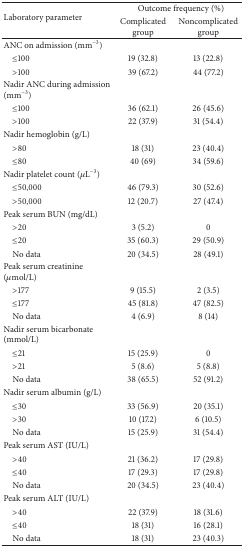
| <ROWSPAN=2> Laboratory parameter | <COLSPAN=2> Outcome frequency (%) |
 | Complicated group | Noncomplicated group |
 | --- | --- | --- |
 | ANC on admission (mm−3) |  |  |
 | ≤100 | 19 (32.8) | 13 (22.8) |
 | >100 | 39 (67.2) | 44 (77.2) |
 | Nadir ANC during admission (mm−3) |  |  |
 | ≤100 | 36 (62.1) | 26 (45.6) |
 | >100 | 22 (37.9) | 31 (54.4) |
 | Nadir hemoglobin (g/L) |  |  |
 | >80 | 18 (31) | 23 (40.4) |
 | ≤80 | 40 (69) | 34 (59.6) |
 | Nadir platelet count (μL−3) |  |  |
 | ≤50,000 | 46 (79.3) | 30 (52.6) |
 | >50,000 | 12 (20.7) | 27 (47.4) |
 | Peak serum BUN (mg/dL) |  |  |
 | >20 | 3 (5.2) | 0 |
 | ≤20 | 35 (60.3) | 29 (50.9) |
 | No data | 20 (34.5) | 28 (49.1) |
 | Peak serum creatinine (μmol/L) |  |  |
 | >177 | 9 (15.5) | 2 (3.5) |
 | ≤177 | 45 (81.8) | 47 (82.5) |
 | No data | 4 (6.9) | 8 (14) |
 | Nadir serum bicarbonate (mmol/L) |  |  |
 | ≤21 | 15 (25.9) | 0 |
 | >21 | 5 (8.6) | 5 (8.8) |
 | No data | 38 (65.5) | 52 (91.2) |
 | Nadir serum albumin (g/L) |  |  |
 | ≤30 | 33 (56.9) | 20 (35.1) |
 | >30 | 10 (17.2) | 6 (10.5) |
 | No data | 15 (25.9) | 31 (54.4) |
 | Peak serum AST (IU/L) |  |  |
 | >40 | 21 (36.2) | 17 (29.8) |
 | ≤40 | 17 (29.3) | 17 (29.8) |
 | No data | 20 (34.5) | 23 (40.4) |
 | Peak serum ALT (IU/L) |  |  |
 | >40 | 22 (37.9) | 18 (31.6) |
 | ≤40 | 18 (31) | 16 (28.1) |
 | No data | 18 (31) | 23 (40.3) |